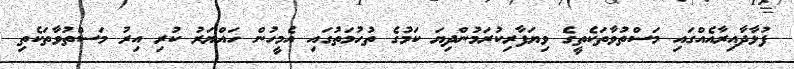
ފުޅާދާއިރާއެއްގައި މަސްތުވާތަކެތީގެ ވިޔަފާރިކުރަމުންދިޔަ ކަމުގެ ތުހުމަތުގައި އެމީހުން ހައްޔަރު ކުރި އިރު މަސްތުވާތަކެތި